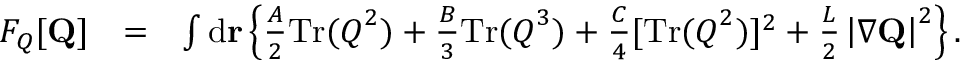
\begin{array} { r l r } { F _ { Q } [ { \bf Q } ] } & { = } & { \int \mathrm { d } { \bf r } \left\{ \frac { A } { 2 } \mathrm { T r } ( \boldsymbol { Q } ^ { 2 } ) + \frac { B } { 3 } \mathrm { T r } ( \boldsymbol { Q } ^ { 3 } ) + \frac { C } { 4 } [ \mathrm { T r } ( \boldsymbol { Q } ^ { 2 } ) ] ^ { 2 } + \frac { L } { 2 } \left| \nabla { \bf Q } \right| ^ { 2 } \right\} . } \end{array}